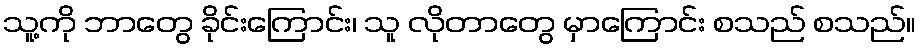
သူ့ကို ဘာတွေ ခိုင်းကြောင်း၊ သူ လိုတာတွေ မှာကြောင်း စသည် စသည်။